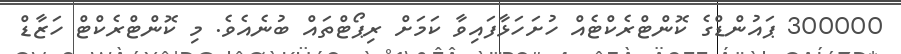
300000 ޕައުންޑްގެ ކޮންޓްރެކްޓެއް ހުށަހަޅާފައިވާ ކަމަށް ރިޕޯޓްތައް ބުނެއެވެ. މި ކޮންޓްރެކްޓް ހަޒާޑް